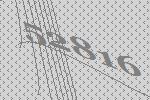
52816